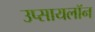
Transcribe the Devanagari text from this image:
उप्सायलॉन